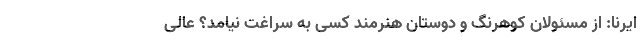
ایرنا: از مسئولان کوهرنگ و دوستان هنرمند کسی به سراغت نیامد؟ عالی